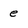
Character: e